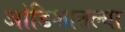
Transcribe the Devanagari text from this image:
ओडिशातल्या